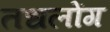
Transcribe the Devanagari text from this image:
तधलोंग